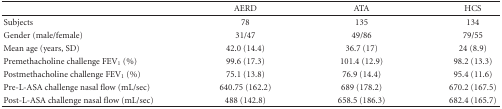
|  | AERD | ATA | HCS |
 | --- | --- | --- | --- |
 | Subjects | 78 | 135 | 134 |
 | Gender (male/female) | 31/47 | 49/86 | 79/55 |
 | Mean age (years, SD) | 42.0 (14.4) | 36.7 (17) | 24 (8.9) |
 | Premethacholine challenge FEV1 (%) | 99.6 (17.3) | 101.4 (12.9) | 98.2 (13.3) |
 | Postmethacholine challenge FEV1 (%) | 75.1 (13.8) | 76.9 (14.4) | 95.4 (11.6) |
 | Pre-L-ASA challenge nasal flow (mL/sec) | 640.75 (162.2) | 689 (178.2) | 670.2 (167.5) |
 | Post-L-ASA challenge nasal flow (mL/sec) | 488 (142.8) | 658.5 (186.3) | 682.4 (165.7) |